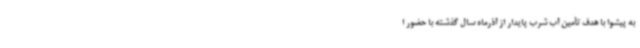
به پیشوا با هدف تأمین آب شرب پایدار از آذرماه سال گذشته با حضور ا